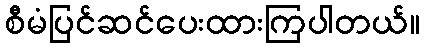
စီမံပြင်ဆင်ပေးထားကြပါတယ်။